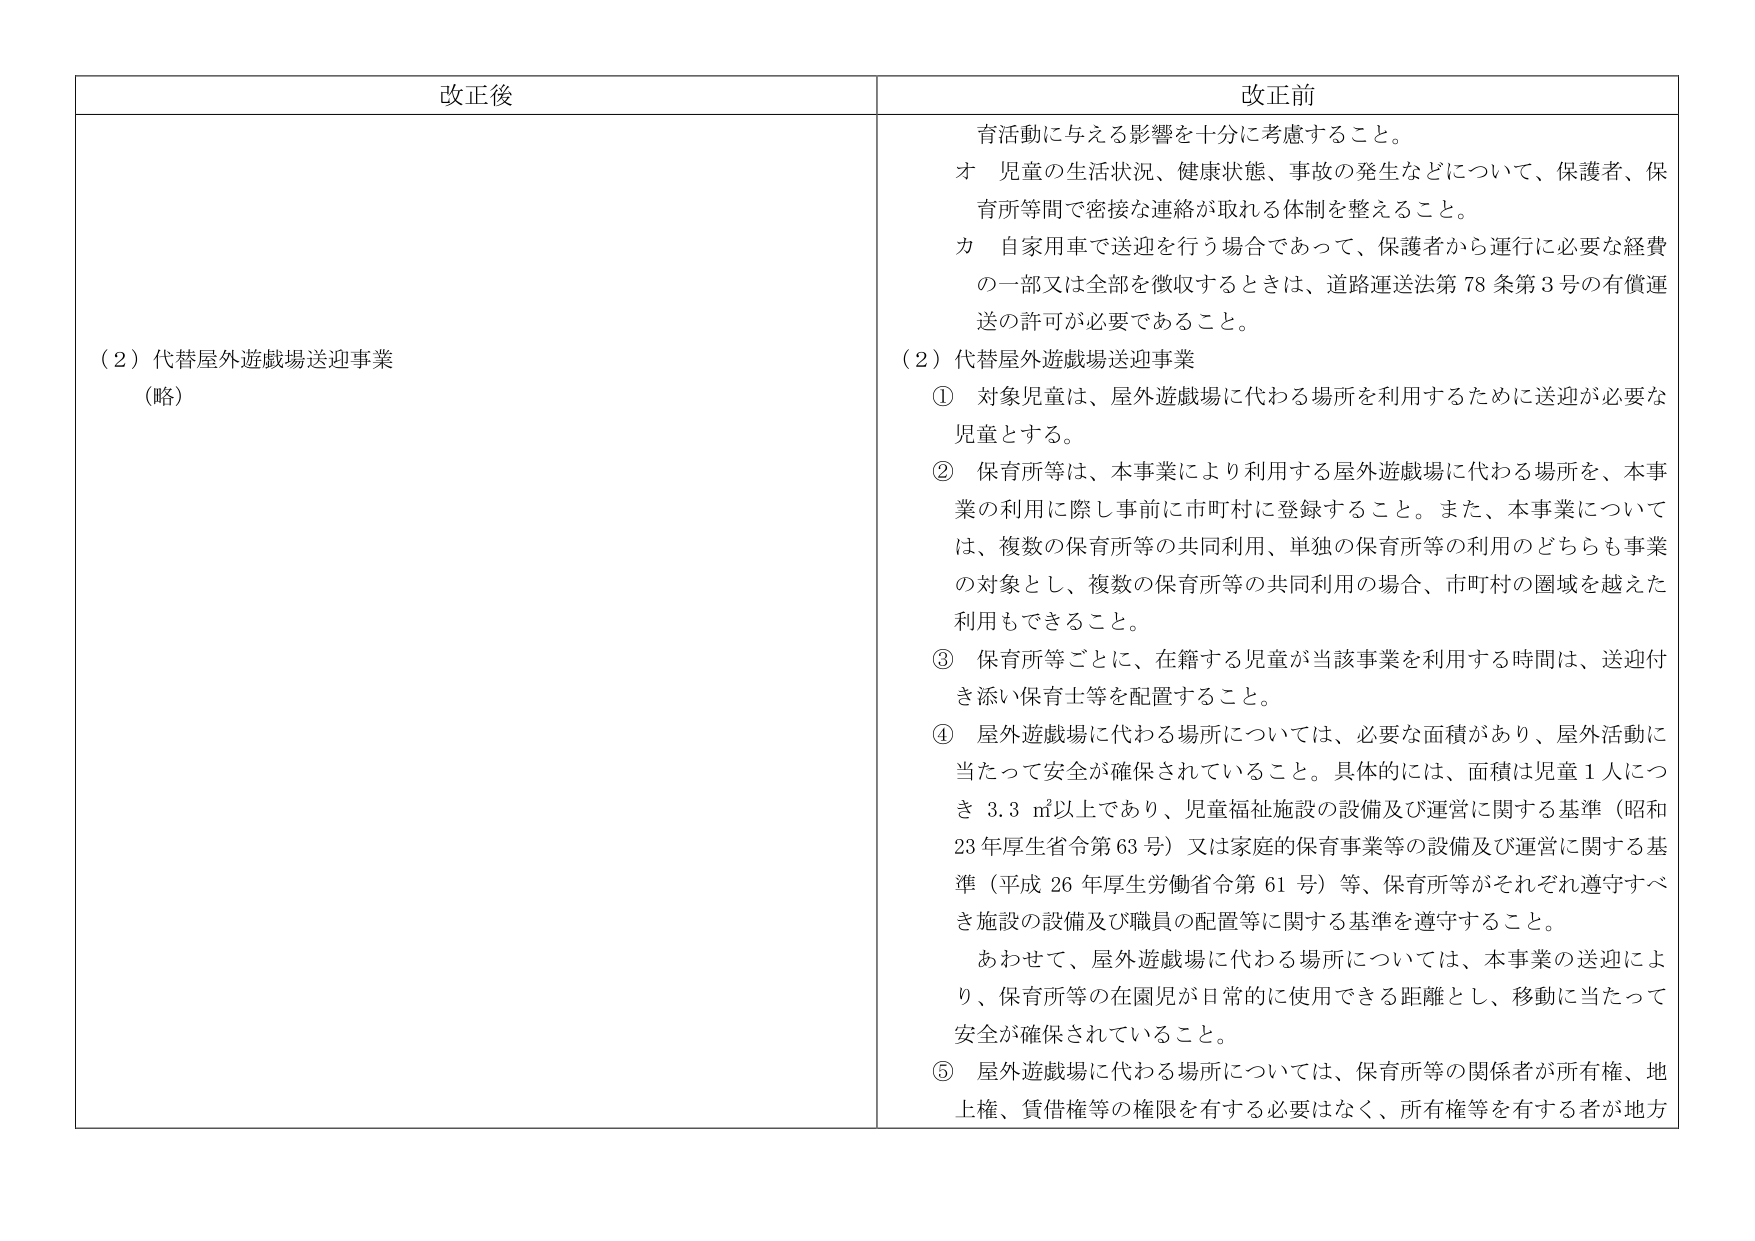
改正後

（2）代替屋外遊戯場送迎事業
（略）

改正前

育活動に与える影響を十分に考慮すること。
オ 児童の生活状況、健康状態、事故の発生などについて、保護者、保育所等間で密接な連絡が取れる体制を整えること。
カ 自家用車で送迎を行う場合であって、保護者から運行に必要な経費の一部又は全部を徴収するときは、道路運送法第78条第3号の有償運送の許可が必要であること。

（2）代替屋外遊戯場送迎事業
① 対象児童は、屋外遊戯場に代わる場所を利用するために送迎が必要な児童とする。
② 保育所等は、本事業により利用する屋外遊戯場に代わる場所を、本事業の利用に際し事前に市町村に登録すること。また、本事業については、複数の保育所等の共同利用、単独の保育所等の利用のどちらも事業の対象とし、複数の保育所等の共同利用の場合、市町村の圏域を越えた利用もできること。
③ 保育所等ごとに、在籍する児童が当該事業を利用する時間は、送迎付き添い保育士等を配置すること。
④ 屋外遊戯場に代わる場所については、必要な面積があり、屋外活動に当たって安全が確保されていること。具体的には、面積は児童1人につき3.3㎡以上であり、児童福祉施設の設備及び運営に関する基準（昭和23年厚生省令第63号）又は家庭的保育事業等の設備及び運営に関する基準（平成26年厚生労働省令第61号）等、保育所等がそれぞれ遵守すべき施設の設備及び職員の配置等に関する基準を遵守すること。
　あわせて、屋外遊戯場に代わる場所については、本事業の送迎により、保育所等の在園児が日常的に使用できる距離とし、移動に当たって安全が確保されていること。
⑤ 屋外遊戯場に代わる場所については、保育所等の関係者が所有権、地上権、賃借権等の権限を有する必要はなく、所有権等を有する者が地方